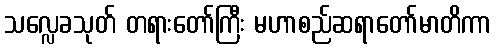
သလ္လေခသုတ် တရားတော်ကြီး မဟာစည်ဆရာတော်မာတိကာ